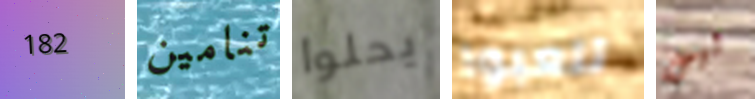
182 تنامين يحلوا تلعبوا ليس